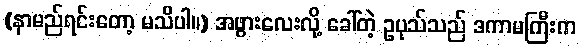
(နာမည်ရင်းတော့ မသိပါ။) အဖွားလေးလို့ ခေါ်တဲ့ ဥပုသ်သည် ဒကာမကြီးက